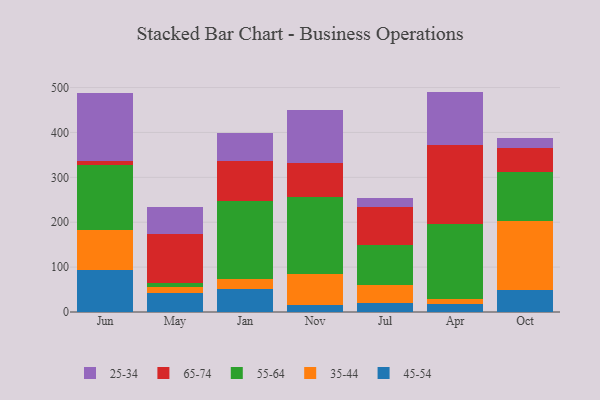
{"axis": {"x": "Month", "y": "Satisfaction Score"}, "legend": ["25-34", "35-44", "45-54", "55-64", "65-74"], "data": [{"x": "Jun", "y": 94.4, "type": "45-54"}, {"x": "Jun", "y": 87.5, "type": "35-44"}, {"x": "Jun", "y": 145.8, "type": "55-64"}, {"x": "Jun", "y": 9.2, "type": "65-74"}, {"x": "Jun", "y": 151.7, "type": "25-34"}, {"x": "May", "y": 41.3, "type": "45-54"}, {"x": "May", "y": 13.7, "type": "35-44"}, {"x": "May", "y": 8.6, "type": "55-64"}, {"x": "May", "y": 109.1, "type": "65-74"}, {"x": "May", "y": 61.4, "type": "25-34"}, {"x": "Jan", "y": 51.3, "type": "45-54"}, {"x": "Jan", "y": 22.9, "type": "35-44"}, {"x": "Jan", "y": 173.0, "type": "55-64"}, {"x": "Jan", "y": 88.2, "type": "65-74"}, {"x": "Jan", "y": 63.1, "type": "25-34"}, {"x": "Nov", "y": 15.9, "type": "45-54"}, {"x": "Nov", "y": 67.9, "type": "35-44"}, {"x": "Nov", "y": 171.6, "type": "55-64"}, {"x": "Nov", "y": 76.5, "type": "65-74"}, {"x": "Nov", "y": 118.5, "type": "25-34"}, {"x": "Jul", "y": 19.2, "type": "45-54"}, {"x": "Jul", "y": 41.3, "type": "35-44"}, {"x": "Jul", "y": 89.3, "type": "55-64"}, {"x": "Jul", "y": 84.6, "type": "65-74"}, {"x": "Jul", "y": 18.5, "type": "25-34"}, {"x": "Apr", "y": 17.6, "type": "45-54"}, {"x": "Apr", "y": 12.0, "type": "35-44"}, {"x": "Apr", "y": 165.7, "type": "55-64"}, {"x": "Apr", "y": 175.8, "type": "65-74"}, {"x": "Apr", "y": 119.9, "type": "25-34"}, {"x": "Oct", "y": 48.4, "type": "45-54"}, {"x": "Oct", "y": 154.3, "type": "35-44"}, {"x": "Oct", "y": 108.6, "type": "55-64"}, {"x": "Oct", "y": 53.9, "type": "65-74"}, {"x": "Oct", "y": 21.6, "type": "25-34"}]}